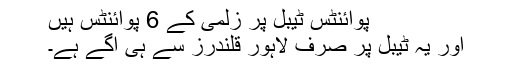
پوائنٹس ٹیبل پر زلمی کے 6 پوائنٹس ہیں
اور یہ ٹیبل پر صرف لاہور قلندرز سے ہی آگے ہے۔